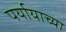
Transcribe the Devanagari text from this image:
पर्यायाच्या